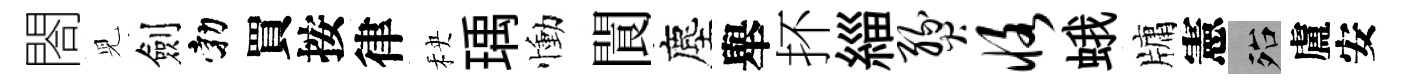
閤児劍勃買按律秧瑀慟閬塵舉抔緇燹恪蛾牗憲殆盧安